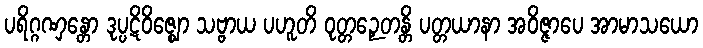
ပရိဂ္ဂဏှန္တော ဒုပ္ပဋိဝိဇ္ဈော သဗ္ဗာယ ပဟူတိ ဝုတ္တဉှေတန္တိ ပတ္တယာနာ အဝိဇ္ဇာပေ အာမာသယော